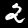
Label: 2